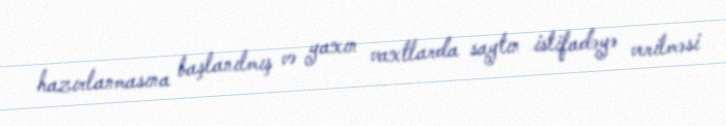
hazırlanmasına başlanılmış və yaxın vaxtlarda saytın istifadəyə verilməsi